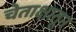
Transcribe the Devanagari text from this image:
चेताक्षातून